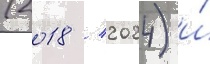
(2018 / 2024) и́